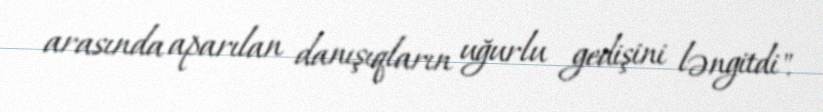
arasında aparılan danışıqların uğurlu gedişini ləngitdi".